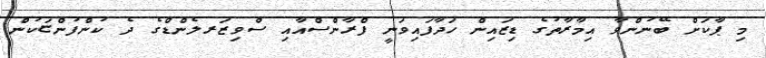
މި ޕާކަށް ބޭނުންވާ އިމާރާތުގެ ޑިޒައިން ހަދާފައިވަނީ ފްރާންސްއާއި ސްވިޒަރލެންޑްގެ ދެ ކުންފުންޏަކުން